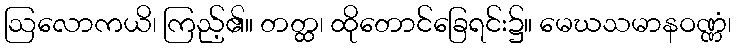
ဩလောကယိ၊ ကြည့်၏။ တတ္ထ၊ ထိုတောင်ခြေရင်း၌။ မေဃသမာနဝဏ္ဏံ၊